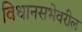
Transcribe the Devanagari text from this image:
विधानसभेवरील